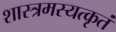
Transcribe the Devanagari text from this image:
शास्त्रमस्यत्कृतं